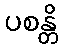
ပစန္တိ